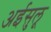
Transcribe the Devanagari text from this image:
अईसुलू